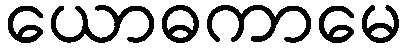
ယောဓကာမေ